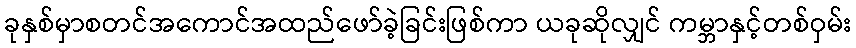
ခုနှစ်မှာစတင်အကောင်အထည်ဖော်ခဲ့ခြင်းဖြစ်ကာ ယခုဆိုလျှင် ကမ္ဘာနှင့်တစ်ဝှမ်း